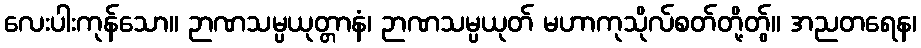
လေးပါးကုန်သော။ ဉာဏသမ္ပယုတ္တာနံ၊ ဉာဏသမ္ပယုတ် မဟာကုသိုလ်စတ်တို့တွ်။ အညတရေန၊